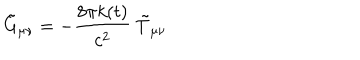
\tilde { G } _ { \mu \nu } = - \frac { 8 \pi k ( t ) } { c ^ { 2 } } \ \tilde { T } _ { \mu \nu }